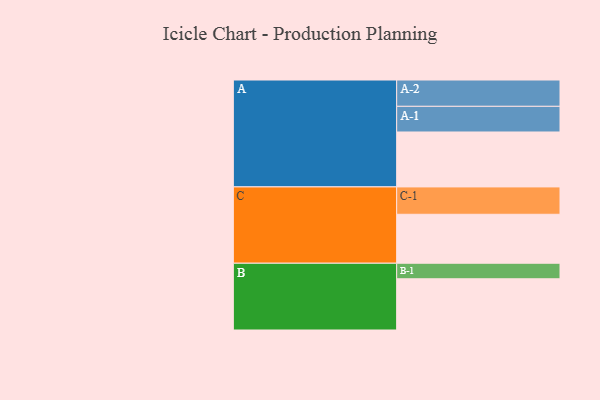
{"axis": {"x": "Segment", "y": "Value"}, "legend": ["", "A", "B", "C"], "data": [{"x": "A", "y": 580, "type": ""}, {"x": "B", "y": 541, "type": ""}, {"x": "C", "y": 517, "type": ""}, {"x": "A-1", "y": 271, "type": "A"}, {"x": "A-2", "y": 278, "type": "A"}, {"x": "B-1", "y": 164, "type": "B"}, {"x": "C-1", "y": 289, "type": "C"}]}